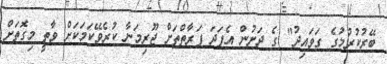
ބޭރުކުރުމުގެ ގަވައިދު" ގެ ދަށުން އެފަދަ ފަރާތްތަށް ޖޫރިމަނާ ކުރެވޭކަމަކަށް ވާތީ މިގޮތަށް